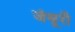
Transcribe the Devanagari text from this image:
जंबूरी